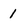
Character: 1